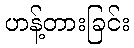
ဟန့်တားခြင်း